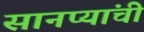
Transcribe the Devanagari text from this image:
सानप्यांची